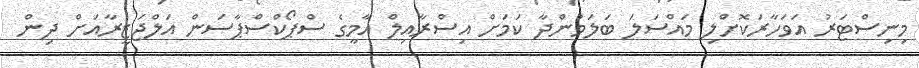
މިނިސްޓަރު އަވަހާރަކޮށްލި މައްސަލަ ބަލަމުންދާ ކަމަށް އިސްރާއިލް އާމީގެ ސްޕޯކްސްޕާސަން އަލްޖަޒީރާއަށް ދިން